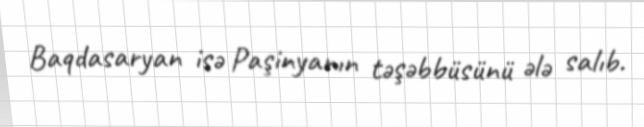
Baqdasaryan isə Paşinyanın təşəbbüsünü ələ salıb.